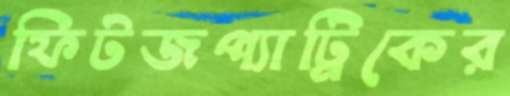
ফিটজপ্যাট্রিকের